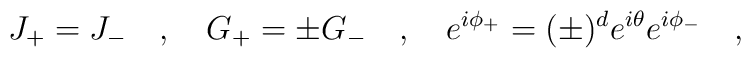
J_+ = J_-\quad,\quad G_+ = \pm G_-\quad,\quad e^{i\phi_+} = (\pm)^de^{i\theta} e^{i\phi_-}\quad,